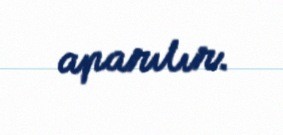
aparılır.